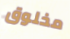
مخلوق